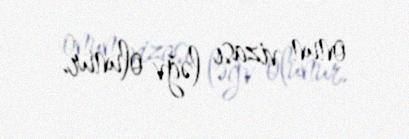
onun vizası ləğv olunur.